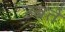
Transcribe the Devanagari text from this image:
उबते